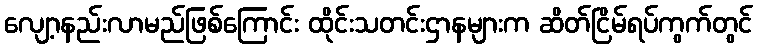
လျော့နည်းလာမည်ဖြစ်ကြောင်း ထိုင်းသတင်းဌာနများက ဆိတ်ငြိမ်ရပ်ကွက်တွင်